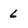
Character: 6